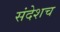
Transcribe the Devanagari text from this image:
संदेशच